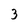
Character: 3